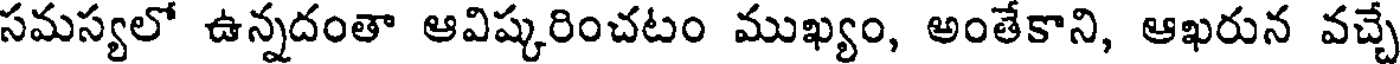
సమస్యలో ఉన్నదంతా ఆవిష్కరించటం ముఖ్యం, అంతేకాని, ఆఖరున వచ్చే